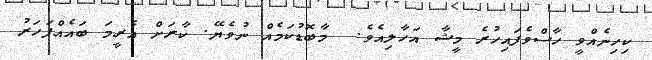
ކިހިނެއްވީ ހާސްވެފައިހުރެ މީޝާ އަހާލިއެވެ.  މާބޮޑުކަމެއް ނުވެޔޭ. ކާރަށް އެރީމަ ބައެއްފަހަރު